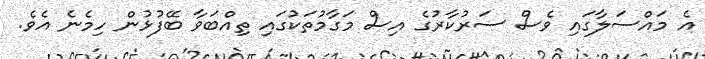
އެ މައްސަލާގައި ވެސް ސަރުކާރުގެ އިސް މަގާމުތަކުގައި ތިއްބަވާ ބޭފުޅުން ހިމެނެ އެވެ.